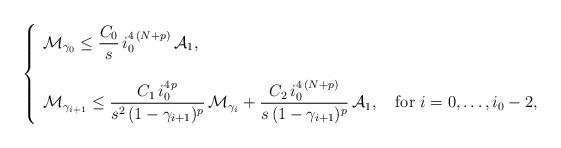
LaTeX: \begin{align*}\left\{\begin{array}{lc}\mathcal{M}_{\gamma_0}\le \dfrac{C_0}{s}\,i_0^{4\,(N+p)}\,\mathcal{A}_1,&\\&\\\mathcal{M}_{\gamma_{i+1}}\le \dfrac{C_1\,i_0^{4\,p}}{s^2\,(1-\gamma_{i+1})^p}\,\mathcal{M}_{\gamma_i}+\dfrac{C_2\,i_0^{4\,(N+p)}}{s\,(1-\gamma_{i+1})^p}\,\mathcal{A}_1,& \mbox{ for } i=0,\dots,i_0-2,\end{array}\right.\end{align*}